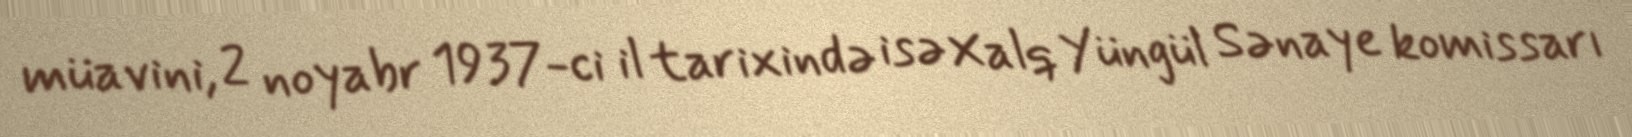
müavini, 2 noyabr 1937-ci il tarixində isə Xalq Yüngül Sənaye komissarı